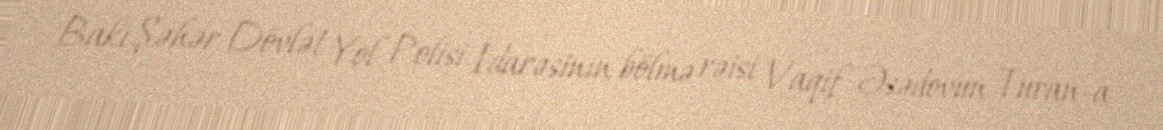
Bakı Şəhər Dövlət Yol Polisi İdarəsinin bölmə rəisi Vaqif Əsədovun Turan-a